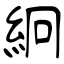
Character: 絅